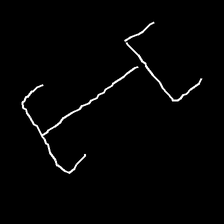
Glyph: entwine